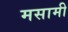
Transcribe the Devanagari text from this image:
मसामी